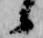
候